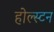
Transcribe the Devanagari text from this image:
होल्स्टन